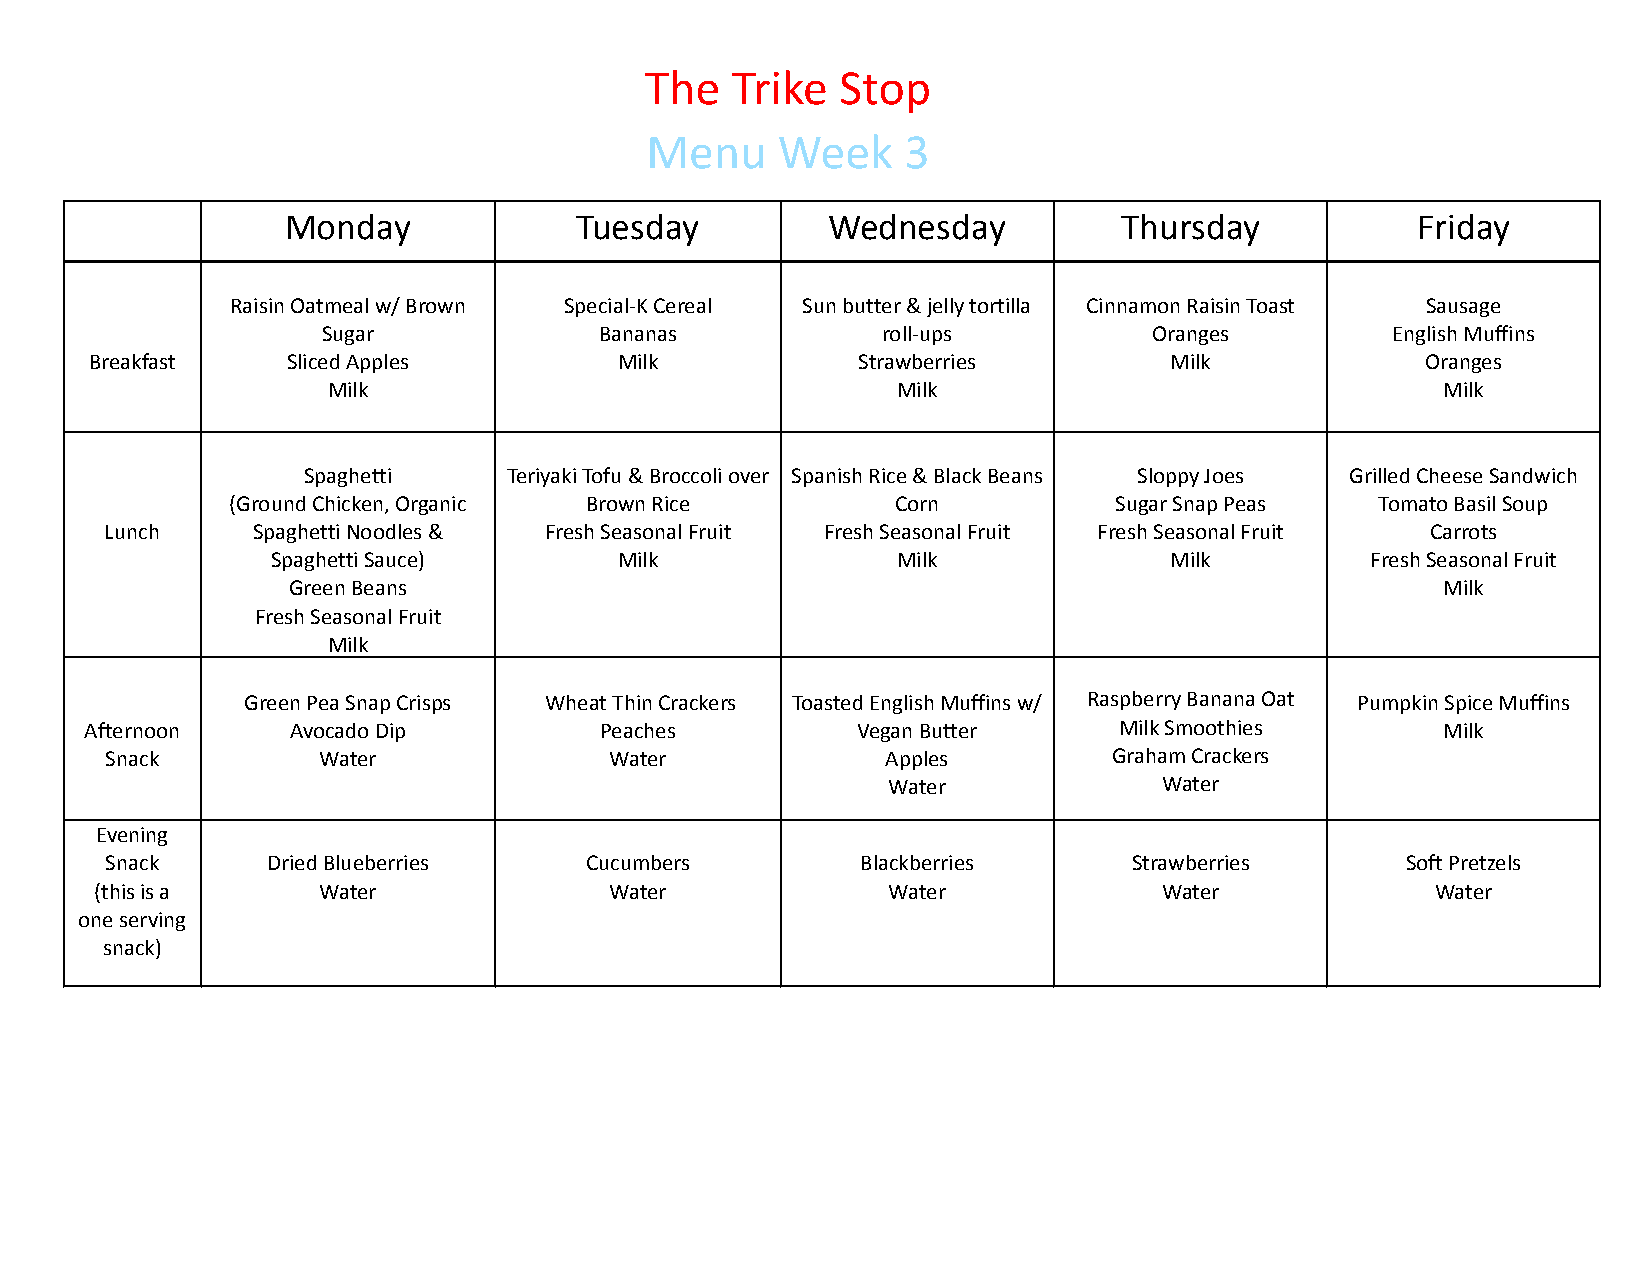
The  Trike   Stop
 Menu    Week     3
 Monday             Tuesday          Wednesday          Thursday            Friday
 Raisin Oatmeal w/ Brown Special-K Cereal Sun butter & jelly tortilla Cinnamon Raisin Toast Sausage
 Sugar              Bananas           roll-ups          Oranges         English Muffins
 Breakfast    Sliced Apples         Milk            Strawberries        Milk             Oranges
 Milk                                 Milk                                Milk
 Spaghetti     Teriyaki Tofu & Broccoli over Spanish Rice & Black Beans Sloppy Joes Grilled Cheese Sandwich
 (Ground Chicken, Organic Brown Rice         Corn           Sugar Snap Peas  Tomato Basil Soup
 Lunch     Spaghetti Noodles & Fresh Seasonal Fruit Fresh Seasonal Fruit Fresh Seasonal Fruit Carrots
 Spaghetti Sauce)       Milk              Milk              Milk          Fresh Seasonal Fruit
 Green Beans                                                                 Milk
 Fresh Seasonal Fruit
 Milk
 Green Pea Snap Crisps Wheat Thin Crackers Toasted English Muffins w/ Raspberry Banana Oat Pumpkin Spice Muffins
 Afternoon    Avocado Dip          Peaches          Vegan Butter     Milk Smoothies       Milk
 Snack         Water              Water              Apples         Graham Crackers
 Water             Water
 Evening
 Snack      Dried Blueberries    Cucumbers         Blackberries      Strawberries      Soft Pretzels
 (this is a     Water              Water              Water             Water             Water
 one serving
 snack)